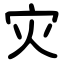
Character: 灾